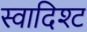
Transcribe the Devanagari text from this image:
स्वादिश्ट